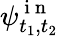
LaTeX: \psi_{t_{1},t_{2}}^{\mathrm{~i~n~}}